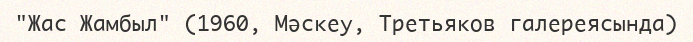
"Жас Жамбыл" (1960, Мәскеу, Третьяков галереясында)